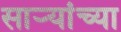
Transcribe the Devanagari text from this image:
सार्‍यांच्या